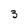
Character: 3